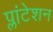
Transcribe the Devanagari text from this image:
प्लांटेशन